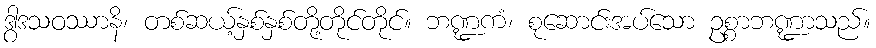
ဒွါဒသဝဿာနိ၊ တစ်ဆယ့်နှစ်နှစ်တို့တိုင်တိုင်။ ဘဏ္ဍကံ၊ စုဆောင်းအပ်သော ဥစ္စာဘဏ္ဍာသည်။